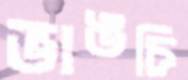
ভাঙচি